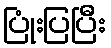
ပြုံးပြပြီး